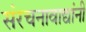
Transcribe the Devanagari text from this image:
संरचनावाद्यांनी